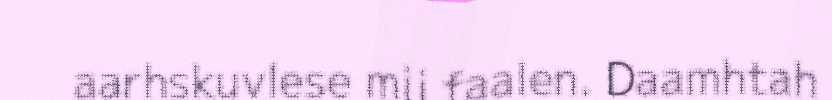
aarhskuvlese mij faalen. Daamhtah